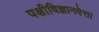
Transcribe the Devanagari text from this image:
पक्षीविज्ञानवेत्ता